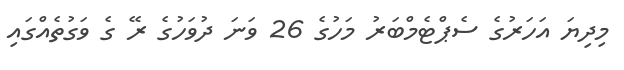
މިދިޔަ އަހަރުގެ ސެޕްޓެމްބަރު މަހުގެ 26 ވަނަ ދުވަހުގެ ރޭ ގެ ވަގުތެއްގައި